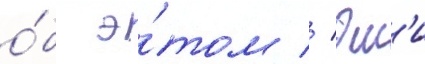
о́б э́том // Эм'и